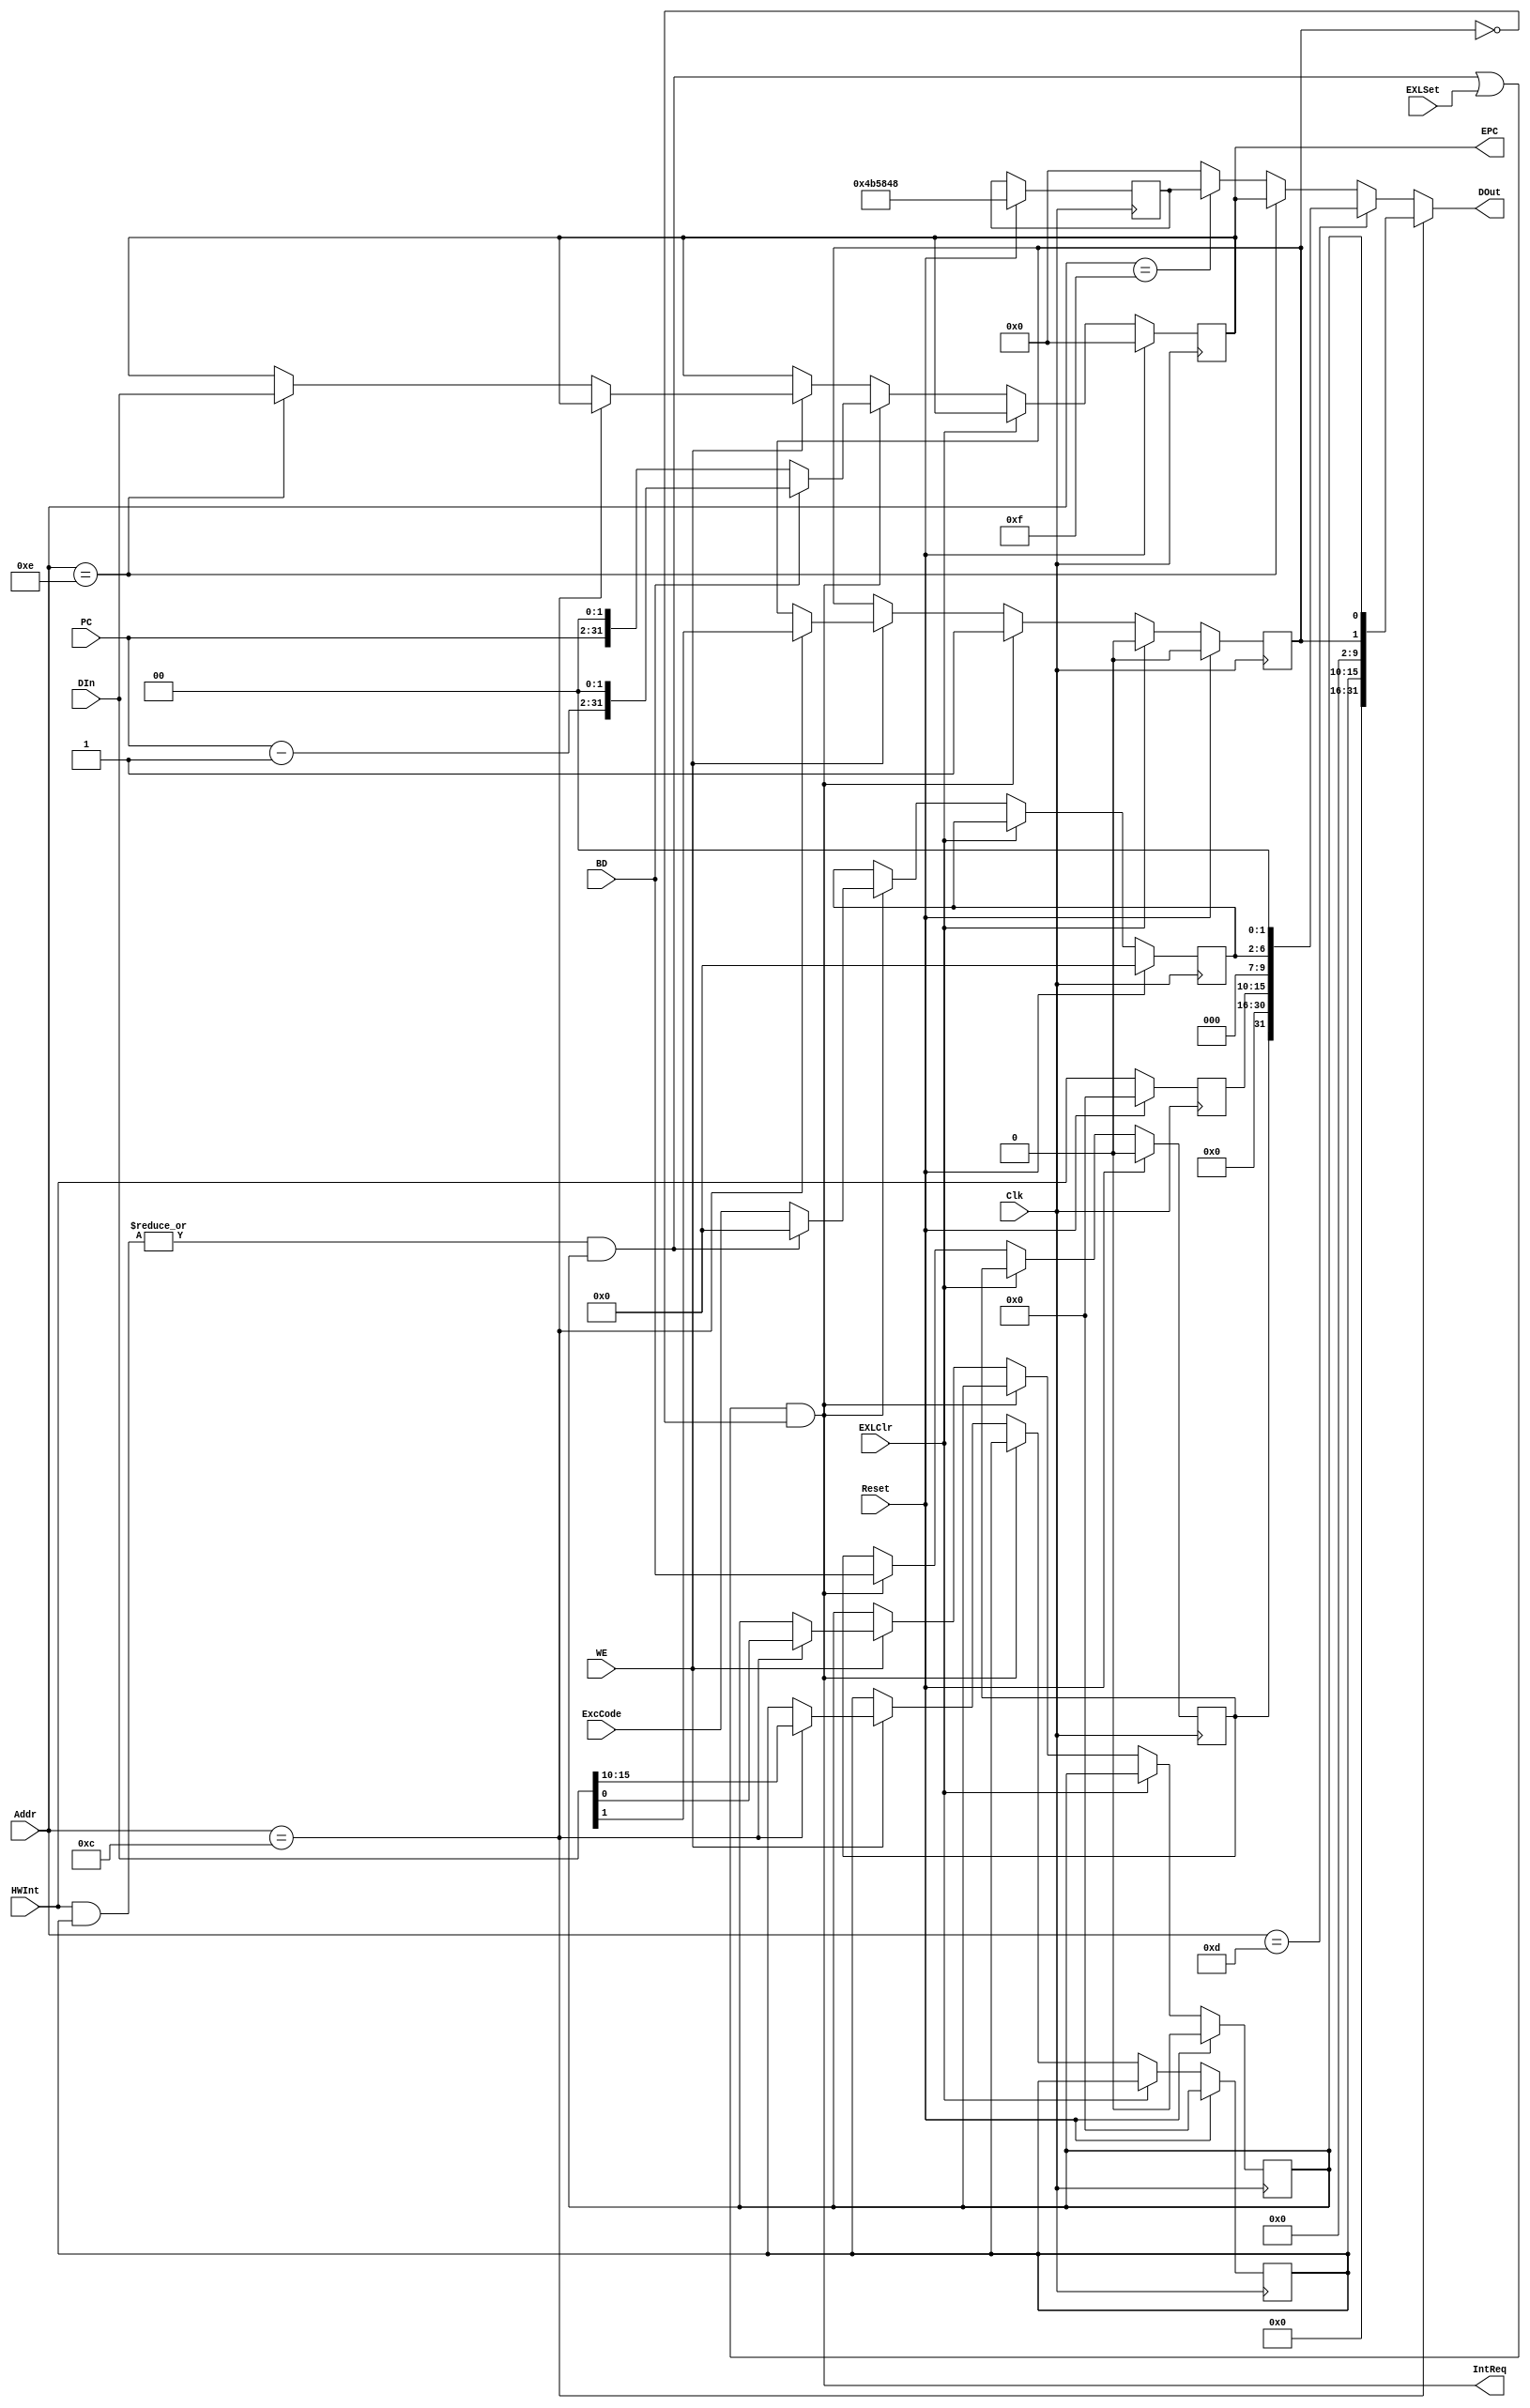
`timescale 1ns / 1ps
//////////////////////////////////////////////////////////////////////////////////
// Company: 
// Engineer: 
// 
// Design Name: 
// Module Name:    CP0 
// Project Name: 
// Target Devices: 
// Tool versions: 
// Description: 
//
// Dependencies: 
//
// Revision: 
// Revision 0.01 - File Created
// Additional Comments: 
//
//////////////////////////////////////////////////////////////////////////////////
module CP0(
    input Clk,
    input Reset,
	 input [4:0] Addr,
    input [31:0] DIn,
    input [31:2] PC,
    input [6:2] ExcCode,
    input [7:2] HWInt,
    input WE,
    input EXLSet,
    input EXLClr,
	 input BD,
    output IntReq,
    output [31:0] EPC,
    output [31:0] DOut
    );

	parameter SRAddr = 12, CAUSEAddr = 13, EPCAddr = 14, PrIDAddr = 15;
	
	reg BDReg, EXL, IE;
	reg [7:2] IP, IM;
	reg [6:2] ExcCodeReg;
	reg [31:0] EPCReg, PrID;
	
	always @ (posedge Clk) begin
		if (Reset) begin
			BDReg <= 0;
			EXL <= 0;
			IE <= 0;
			IP <= 0;
			IM <= 0;
			ExcCodeReg <= 0;
			EPCReg <= 0;
			PrID <= "KXH";
		end
		else if (EXLClr) EXL <= 0;
		else if (IntReq) begin
			BDReg <= BD;
			EPCReg <= BD ? {PC[31:2] - 30'b1, 2'b0} : {PC[31:2], 2'b0};
			ExcCodeReg <= ((|(HWInt[7:2] & IM[7:2])) && IE) ? 5'b0 : ExcCode;
			EXL <= 1;
		end
		else if (WE) begin
			if (Addr == SRAddr) begin
				IM <= DIn[15:10];
				EXL <= DIn[1];
				IE <= DIn[0];
			end
			else if (Addr == EPCAddr) EPCReg <= DIn;
		end
		if (!Reset) IP <= HWInt;
	end
	
	assign IntReq = (((|(HWInt[7:2] & IM[7:2])) && IE) || EXLSet) && !EXL;
	assign EPC = EPCReg;
	assign DOut = (Addr == SRAddr) ? {16'b0, IM, 8'b0, EXL, IE} :
					  (Addr == CAUSEAddr) ? {BDReg, 15'b0, IP, 3'b0, ExcCodeReg, 2'b0} :
					  (Addr == EPCAddr) ? EPCReg :
					  (Addr == PrIDAddr) ? PrID :
					  32'b0;

endmodule